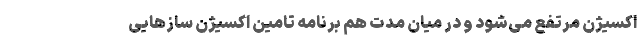
اکسیژن مرتفع می‌شود و در میان مدت هم برنامه‌ تامین اکسیژن سازهایی